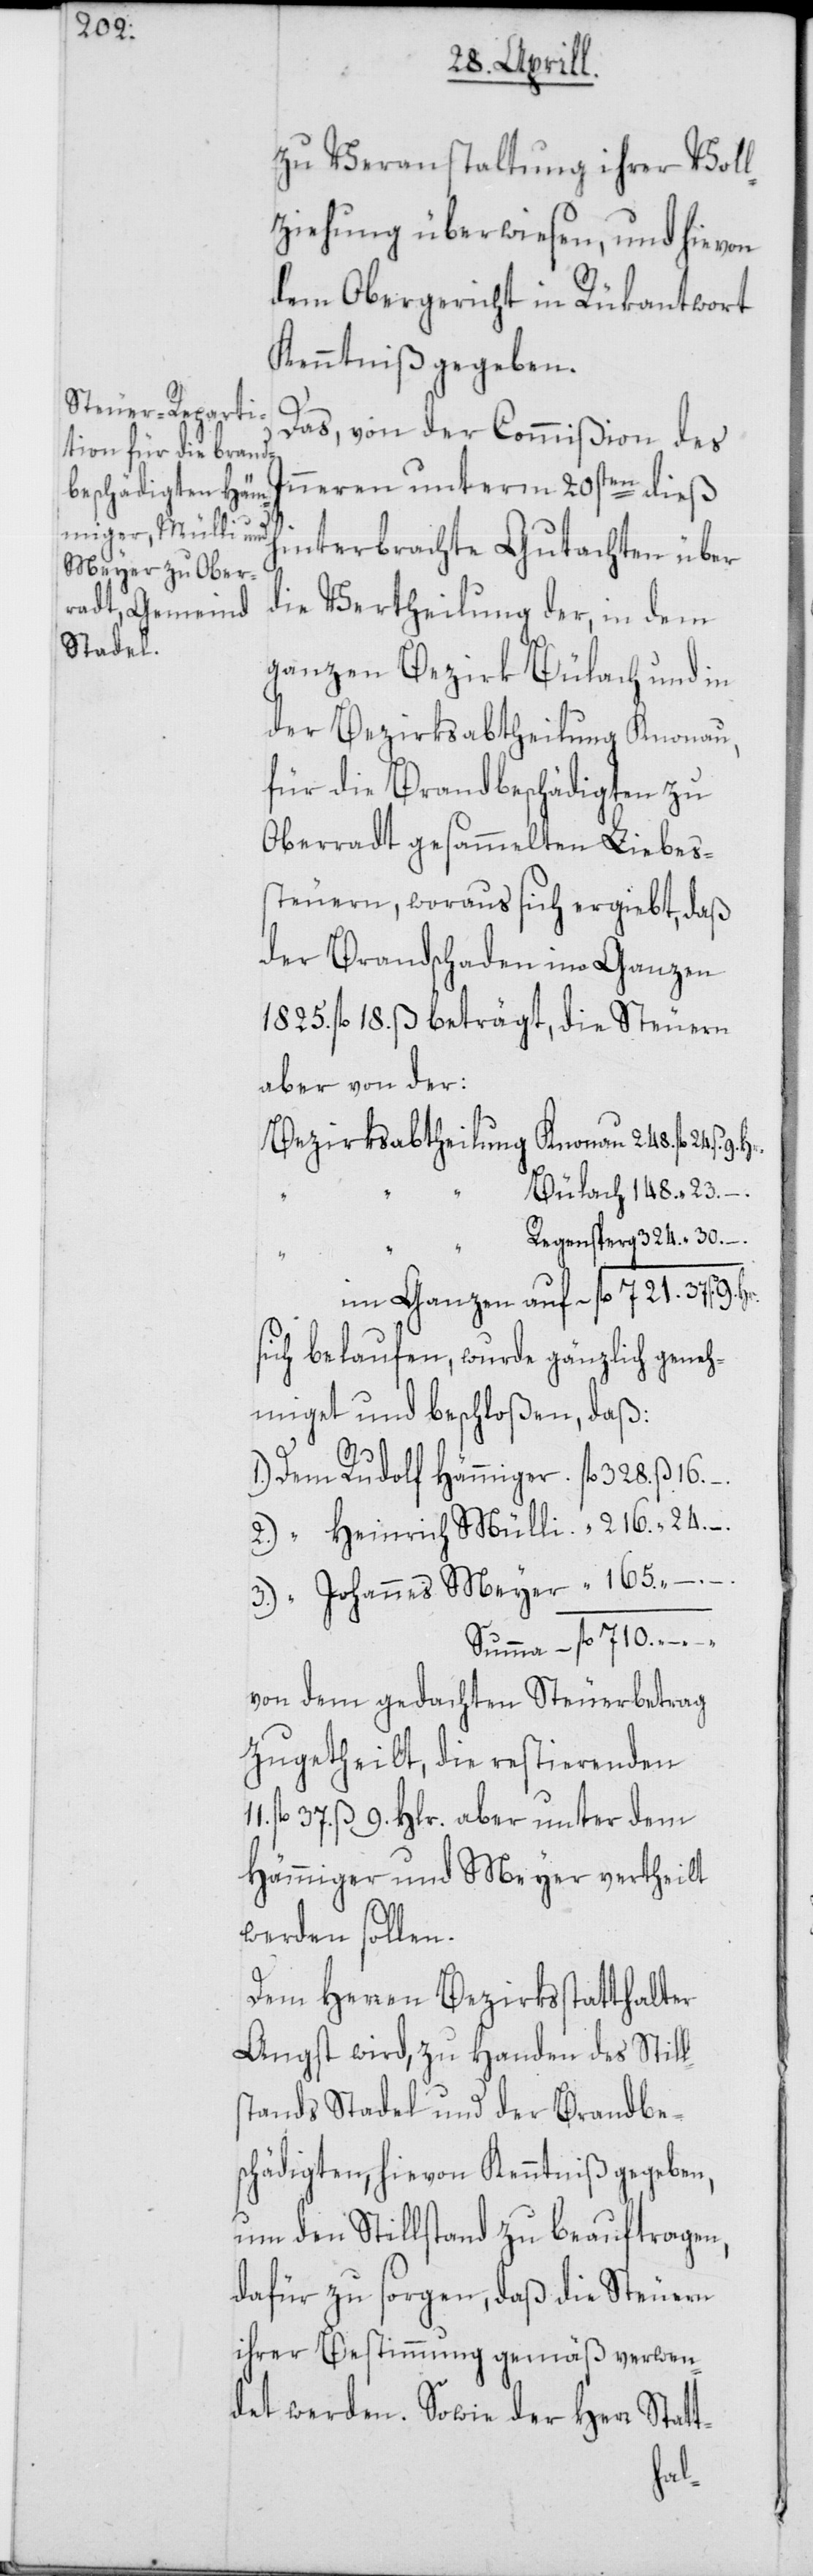
zu Veranstaltung ihrer Voll¬
ziehung überwiesen, und hievon
dem Obergericht in Rükantwort
Kenntniß gegeben.
Das, von der Commißion des
Inneren unterm 20sten dieß
hinterbrachte Gutachten über
die Vertheilung der, in dem
ganzen Bezirk Bülach und in
der Bezirksabtheilung Knonau,
für die Brandbeschädigten zu
Oberradt gesammelten Liebes¬
steuern, woraus sich ergiebt, daß
der Brandschaden im Ganzen
1825. fl. 18. ß beträgt, die Steuern
aber von der:
Bezirksabtheilung Knonau 248. fl. 24. ß.
Bülach 148. “ 23. –.
Regensperg 324. “ 30. –.
im Ganzen auf fl. 721. 37 ß. 9.
sich belaufen, wurde gänzlich geneh¬
miget und beschloßen, daß:
9.
1.) Dem Rudolf Hämmiger. fl. 328. ß 16. –.
2.) “ Heinrich Mülli. “ 216. “ 24. –.
3.) “ Johannes Meyer “ 165. “ –.
Summa fl. 710. –.
von dem gedachten Steuerbetrag
zugetheilt, die restierenden
fl. 37. ß 9. Hlr. aber unter dem
Hämmiger und Meyer vertheilt
werden sollen.
Dem Herren Bezirksstatthalter
Angst wird, zu Handen des Still¬
stands Stadel und der Brandbe¬
schädigten, hievon Kenntniß gegeben,
um den Stillstand zu beauftragen,
dafür zu sorgen, daß die Steuern
ihrer Bestimmung gemäß verwen¬
det werden. Sowie der Herr Statt-
Hr.